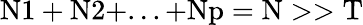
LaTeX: \mathrm{N1}+\mathrm{N2}+...+\mathrm{Np}=\mathrm{N}>>\mathrm{T}